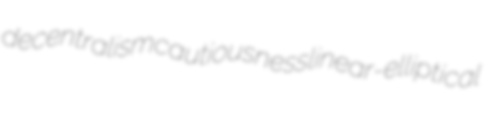
decentralism cautiousness linear-elliptical